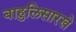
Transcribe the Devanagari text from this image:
बाहुलिसारखे